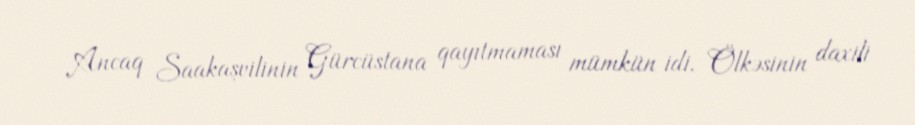
Ancaq Saakaşvilinin Gürcüstana qayıtmaması mümkün idi. Ölkəsinin daxili